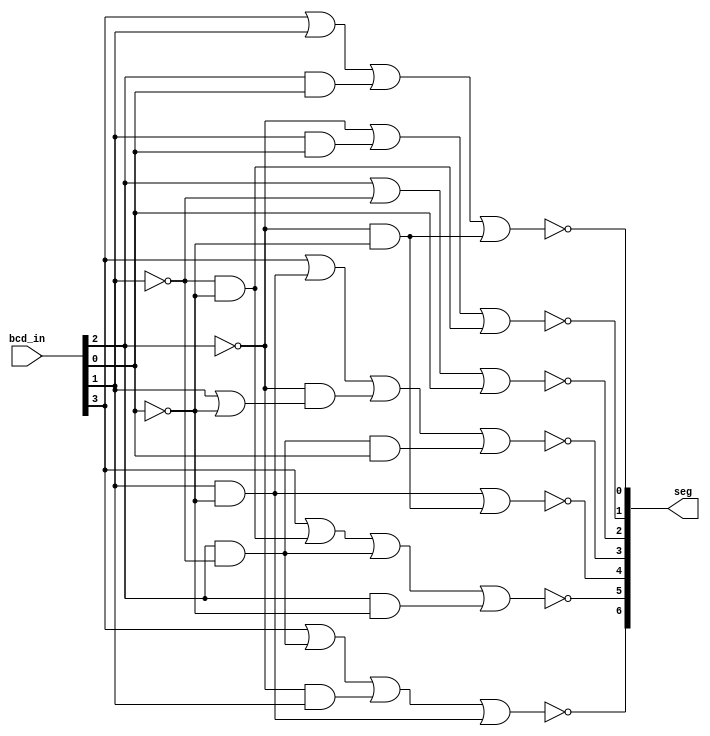
`timescale 1ns / 1ps
//////////////////////////////////////////////////////////////////////////////////
// Company: 
// Engineer: 
// 
// Design Name: 
// Module Name: bcdto7segment
// Project Name: 
// Target Devices: 
// Tool Versions: 
// Description: 
// 
// Dependencies: 
// 
// Revision:
// Revision 0.01 - File Created
// Additional Comments:
// 
//////////////////////////////////////////////////////////////////////////////////


module bcdto7segment(
    input wire [3:0] bcd_in, // bcd input number; MSB in 3
    output wire [6:0] seg // segment outputs, a-g
    );

// nicer internal representation so the segments are kinda legible
// bcd number will be abcd
wire a, b, c, d;
assign a = bcd_in[3];
assign b = bcd_in[2];
assign c = bcd_in[1];
assign d = bcd_in[0];

// segment equations
// inverted sum-of-products because I'm a dummy & didn't notice active-low
assign seg[0] = ~( a | c | ( b & d ) | ( ~b & ~d ) ); // segment a
assign seg[1] = ~( ~b | ( c & d ) | ( ~c & ~d )); // segment b
assign seg[2] = ~( b | ~c | d ); // segment c
assign seg[3] = ~( a | (c & ~d) | (~b & (c | ~d)) | (b & ~c & d) ); // segment d
assign seg[4] = ~( ( c & ~d ) | ( ~b & ~d )); // segment e 
assign seg[5] = ~( a | (~c & ~d) | (b & ~c) | (b & ~d) ); // segment f
assign seg[6] = ~( a | (b & ~c) | (~b & c) | (c & ~d)); // segment g

endmodule